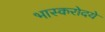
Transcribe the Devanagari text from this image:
भास्करोदये